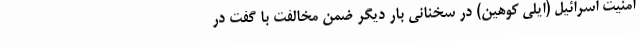
امنیت اسرائیل (ایلی کوهین) در سخنانی بار دیگر ضمن مخالفت با گفت در